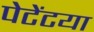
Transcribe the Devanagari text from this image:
पेटेंटया